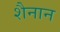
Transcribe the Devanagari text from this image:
शैनान